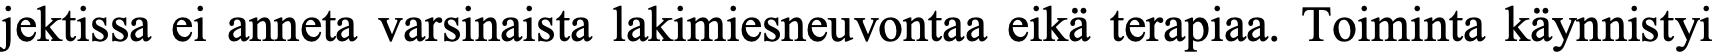
jektissa ei anneta varsinaista lakimiesneuvontaa eikä terapiaa. Toiminta käynnistyi